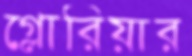
গ্লোরিয়ার